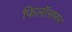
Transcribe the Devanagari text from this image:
फिलॉसफर